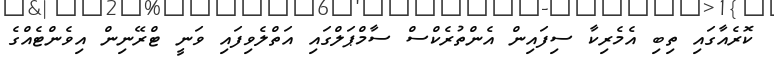
ކޮރެއާގައި ތިބި އެމެރިކާ ސިފައިން އެންތުރެކްސް ސާމްޕަލްގައި އަތްލެވިފައި ވަނީ ޓްރޭނިން އިވެންޓެއްގެ